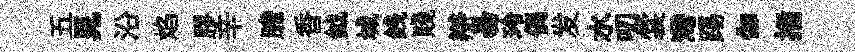
五晁沿焰膠辛膽香鉞城銭賤辯昜玲偶发水叨裳灣踢伽插